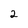
Character: 2